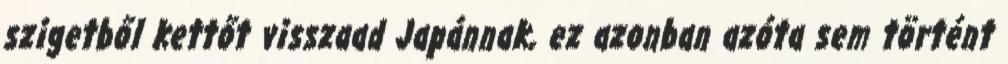
szigetből kettőt visszaad Japánnak, ez azonban azóta sem történt